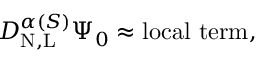
D _ { \mathrm { N , L } } ^ { \alpha ( S ) } \Psi _ { 0 } \approx \mathrm { { l o c a l \ t e r m } , }